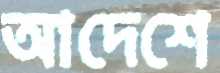
আদেশে